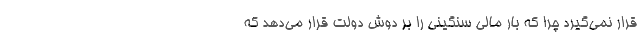
قرار نمی‌گیرد چرا که بار مالی سنگینی را بر دوش دولت قرار می‌دهد که